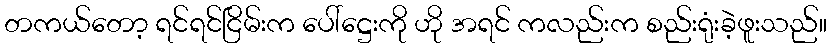
တကယ်တော့ ရင်ရင်ငြိမ်းက ပေါ်ဋ္ဌေးကို ဟို အရင် ကလည်းက စည်းရုံးခဲ့ဖူးသည်။